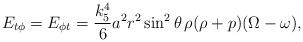
LaTeX: \begin{align*}E_{t\phi} = E_{\phi t} = \frac{k_5^4}6 a^2 r^2 \sin^2\theta \,\rho (\rho + p) (\Omega - \omega),\end{align*}